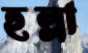
হল্লা